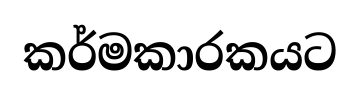
කර්මකාරකයට